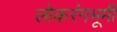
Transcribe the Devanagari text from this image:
लोकरंगभूमी